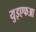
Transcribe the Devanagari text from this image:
युइएफआ